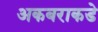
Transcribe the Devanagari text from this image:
अकबराकडे